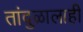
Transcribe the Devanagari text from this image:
तांदुळालाही